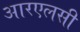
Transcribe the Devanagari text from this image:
आरएलसी